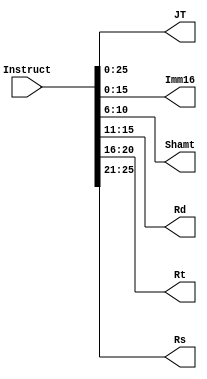
module Signaldecode(Instruct,JT,Imm16,Shamt,Rd,Rt,Rs);
  input [31:0]Instruct;
  output [25:0]JT;
  output [15:0]Imm16;
  output [4:0]Shamt,Rd,Rt,Rs;
  assign JT=Instruct[25:0];
  assign Imm16=Instruct[15:0];
  assign Shamt=Instruct[10:6];
  assign Rd=Instruct[15:11];
  assign Rt=Instruct[20:16];
  assign Rs=Instruct[25:21];
endmodule